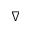
\nabla